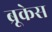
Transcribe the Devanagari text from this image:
ब्रूकेस